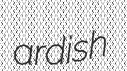
ardish